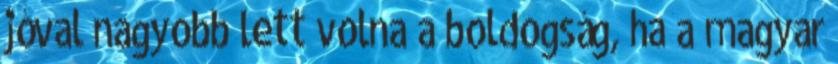
jóval nagyobb lett volna a boldogság, ha a magyar